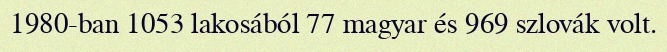
1980-ban 1053 lakosából 77 magyar és 969 szlovák volt.